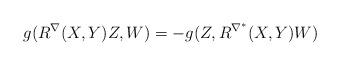
LaTeX: \begin{align*} g(R^{\nabla}(X,Y)Z,W) = -g(Z,R^{\nabla^{*}}(X,Y)W) \end{align*}